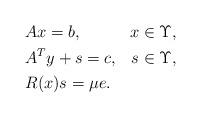
LaTeX: \begin{align*}\begin{aligned}& Ax=b, & x\in\Upsilon,\\&A^Ty+s=c, & s\in\Upsilon, \\&R(x)s=\mu e.\end{aligned}\end{align*}